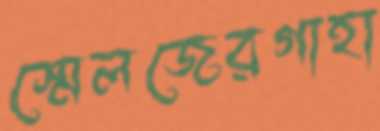
স্মেলজেরগাহা